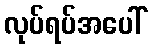
လုပ်ရပ်အပေါ်